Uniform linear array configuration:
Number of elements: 64
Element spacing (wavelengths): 0.5
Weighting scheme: exponential
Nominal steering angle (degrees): -15
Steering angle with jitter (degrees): -16.268
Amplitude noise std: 0.05
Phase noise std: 0.05

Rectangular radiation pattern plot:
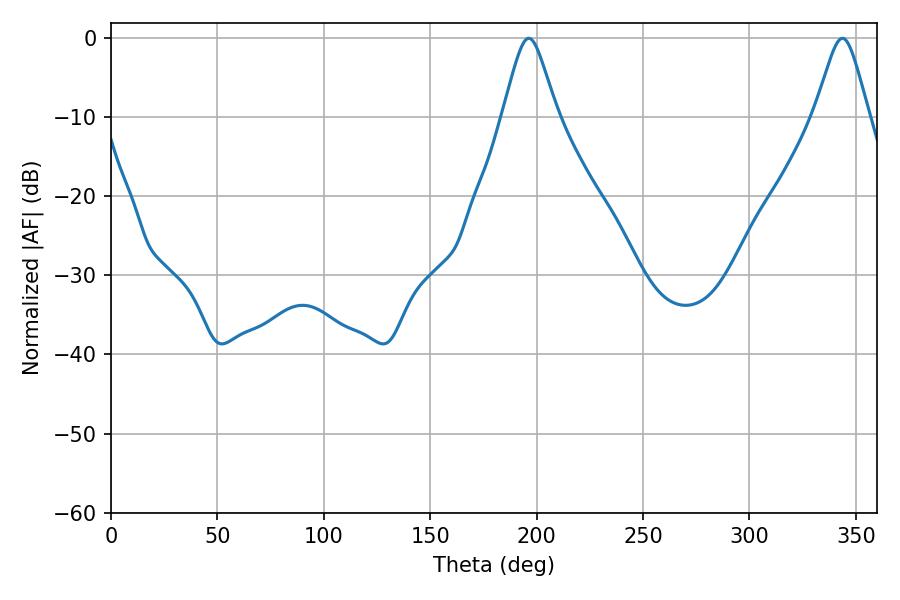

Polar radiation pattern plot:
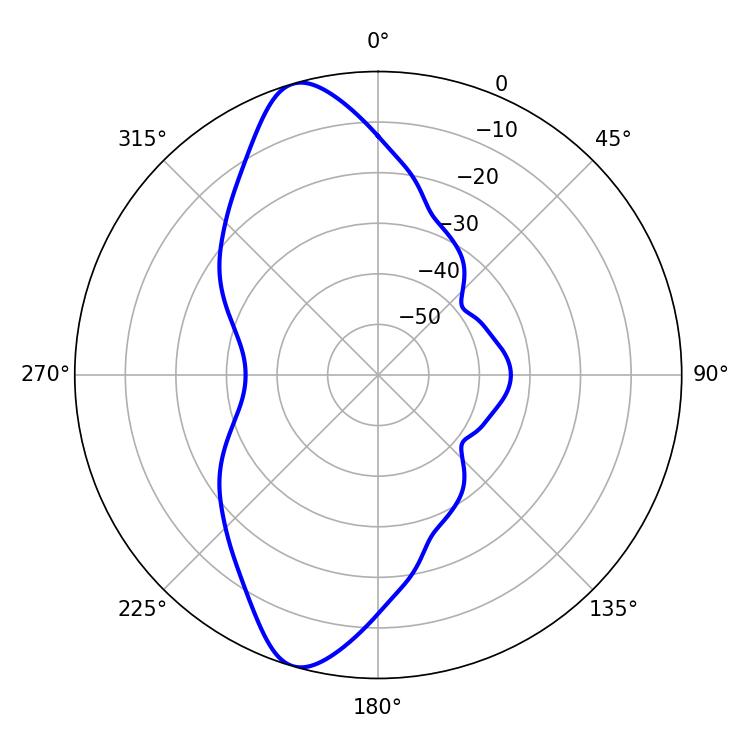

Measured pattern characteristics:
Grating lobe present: FALSE
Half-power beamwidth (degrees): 12.24
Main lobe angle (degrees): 196.38